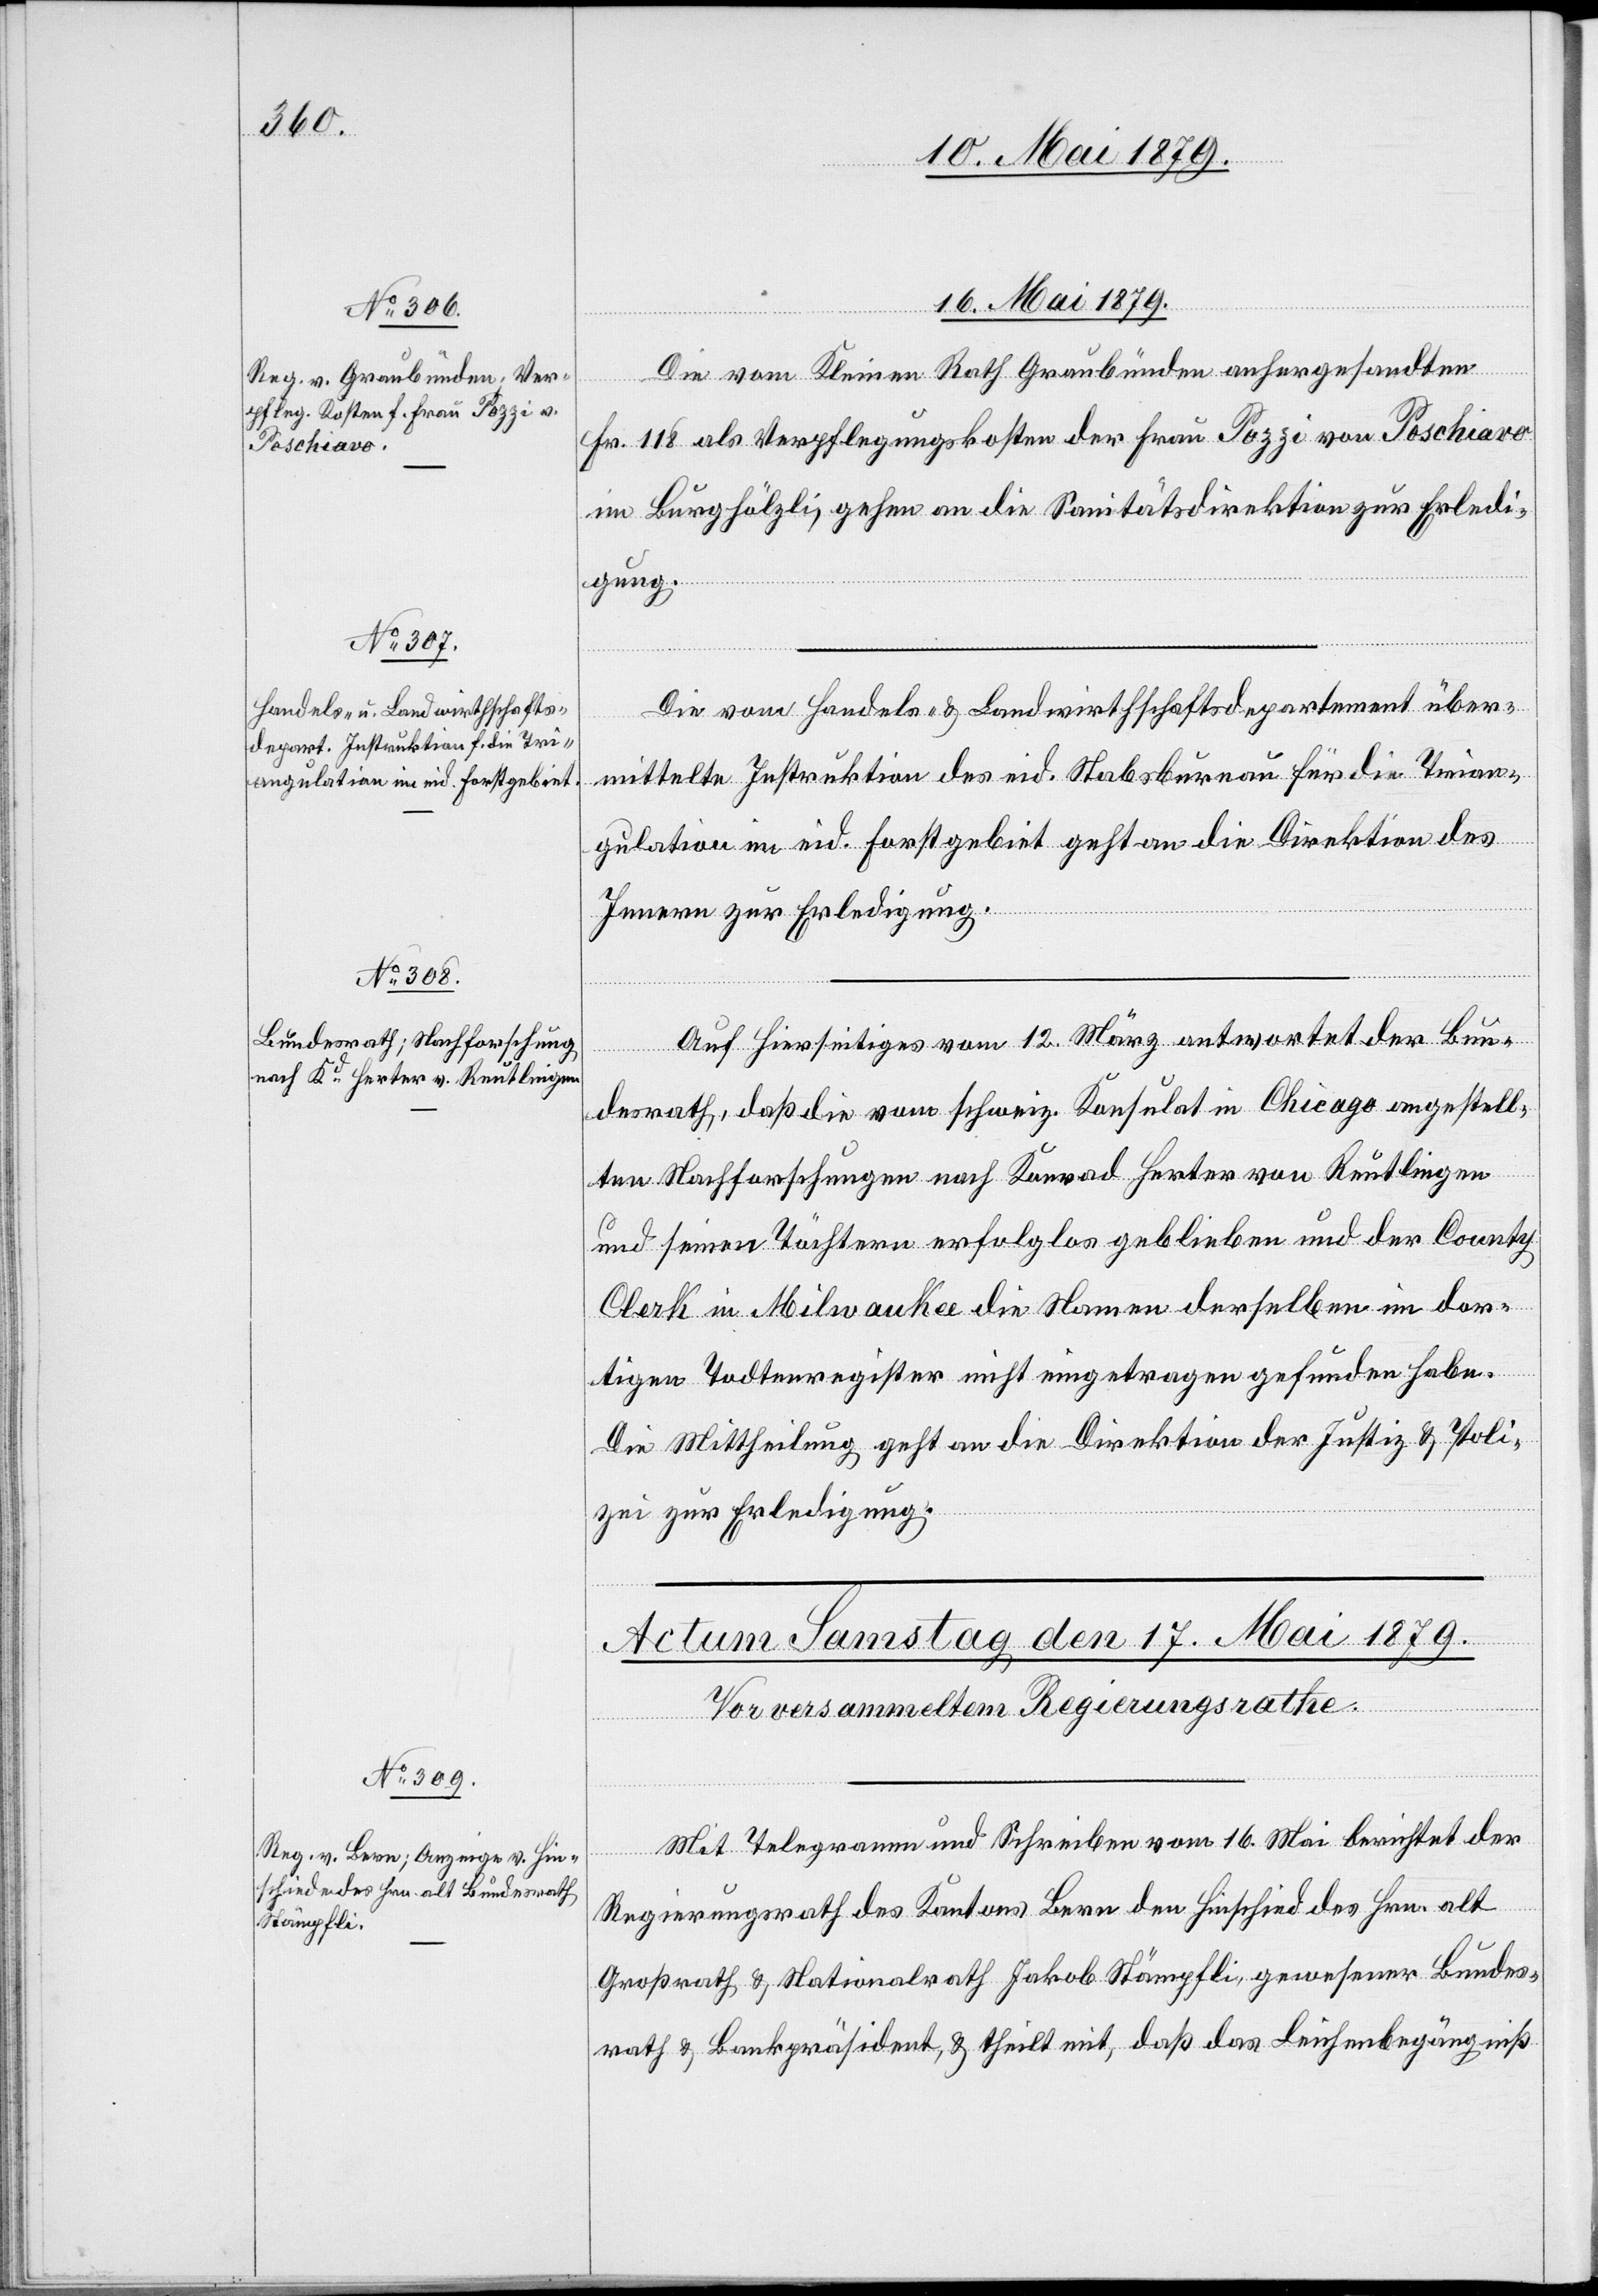
16. Mai 1879.]
Die vom Kleinen Rath Graubünden anhergesandten
Fr. 118 als Verpflegungskosten der Frau Pozzi von Poschiavo
im Burghölzli, gehen an die Sanitätsdirektion zur Erledi¬
gung.
Die vom Handels- & Landwirthschaftsdepartement über¬
mittelte Instruktion des eid. Stabsbureau für die Trian¬
gulation im eid. Forstgebiet geht an die Direktion des
Innern zur Erledigung.
Auf Hierseitiges vom 12. März antwortet der Bun¬
desrath, daß die vom schweiz. Konsulat in Chicago angestell¬
ten Nachforschungen nach Konrad Herter von Reutlingen
und seinen Töchtern erfolglos geblieben und der County
Clerk in Milwaukee die Namen derselben im dor¬
tigen Todtenregister nicht eingetragen gefunden habe.
Die Mittheilung geht an die Direktion der Justiz & Poli¬
zei zur Erledigung.
Mit Telegramm und Schreiben vom 16. Mai berichtet der
Regierungsrath des Kantons Bern den Hinschied des Hrn. alt
Großrath & Nationalrath Jakob Stämpfli, gewesener Bundes¬
rath & Bankpräsident, & theilt mit, daß das Leichenbegängniß